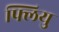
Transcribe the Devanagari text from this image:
फ्लियु